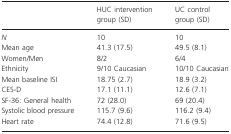
<table><thead><tr><td></td><td><b>HUC intervention group (SD)</b></td><td><b>UC control group (SD)</b></td></tr></thead><tbody><tr><td><i>N</i></td><td>10</td><td>10</td></tr><tr><td>Mean age</td><td>41.3 (17.5)</td><td>49.5 (8.1)</td></tr><tr><td>Women/Men</td><td>8/2</td><td>6/4</td></tr><tr><td>Ethnicity</td><td>9/10 Caucasian</td><td>10/10 Caucasian</td></tr><tr><td>Mean baseline ISI</td><td>18.75 (2.7)</td><td>18.9 (3.2)</td></tr><tr><td>CES-D</td><td>17.1 (11.1)</td><td>12.6 (7.1)</td></tr><tr><td>SF-36: General health</td><td>72 (28.0)</td><td>69 (20.4)</td></tr><tr><td>Systolic blood pressure</td><td>115.7 (9.6)</td><td>116.2 (9.4)</td></tr><tr><td>Heart rate</td><td>74.4 (12.8)</td><td>71.6 (9.5)</td></tr></tbody></table>